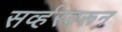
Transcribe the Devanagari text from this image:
सर्व्हरवरून